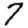
Digit: 7